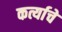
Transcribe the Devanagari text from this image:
कर्त्याचे